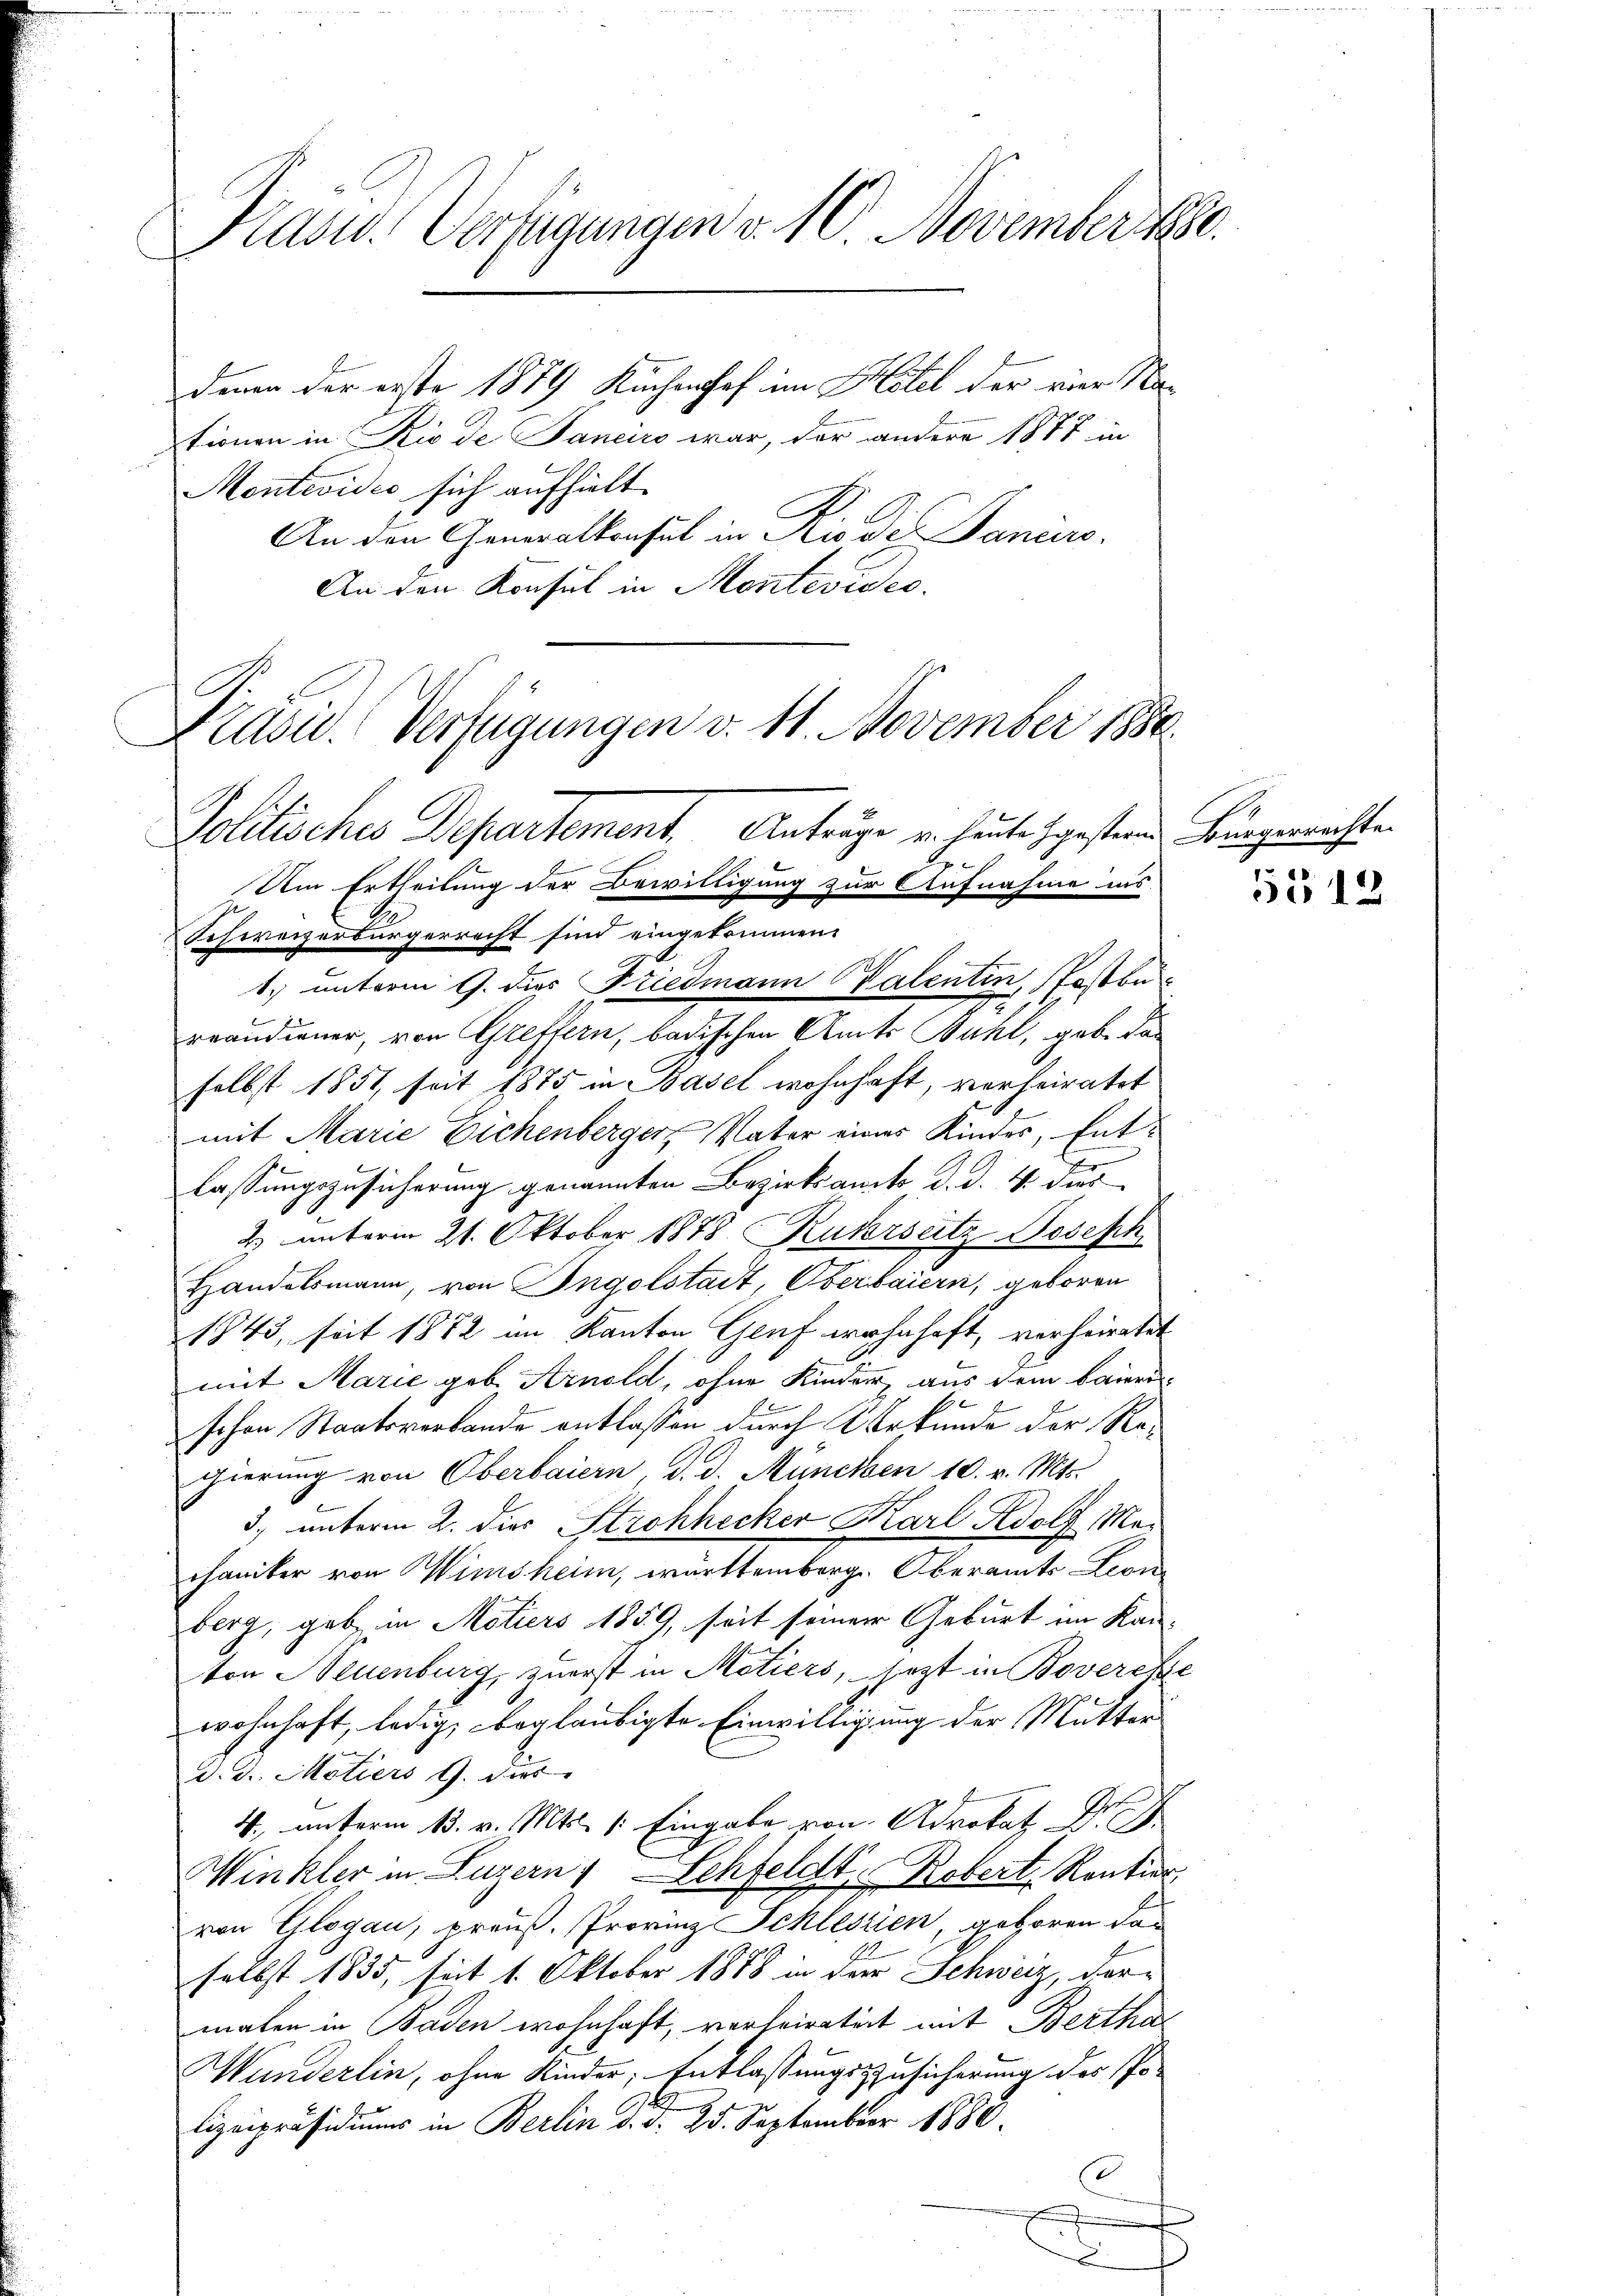
Präsid. Verfügungen v. 10. November 1890.

denen der erste 1879 Kuchenhof im Mitel der vier Nationen in Rio de Janeiro war, der andere 1877 in
Montevidie sich aufhielt.
An den Generalkonsul in Rio di Paniers.
An den Konsul in Montevides.

Präsid. Verfügungen v. 11. November 1880.
Politisches Departement. Anträge u. heute gesternde Bürgermachten
Um Ertheilung der Bewilligung zur Aufnahme ins

x

Schweizerbürgerrecht sind eingekommen.
1. unterm 9. des Friedmann Valentin, Postbe¬
.
reandiener, von Greffern, badischen Amts Bahl, geb. das
selbst 1851, seit 1875 in Basel wohnhaft, verheiratet
mit Marie Eichenberger Vater eines Kindes, Entlassungszusicherung genannten Bezirksamte d. d. 4 des
2. unterm 21. Oktober 1878 Ruhrseitz Joseph
Handelsmann, von Ingolstadt, Oberbaiern, geboren
1843, seit 1872 im Kanton Genf wohnhaft, verheiratet
mit Marie geb. Arnold, ohne Kinder, aus dem baiern
schon Staatsverbande entlassen durch Urkunde der Regierung von Oberbaiern, d. d. München 10. v. Mts.
5) unterm 2. dies Strohhecker Karl Adolf Mei
chaniker von Wimsheim, württemberg. Oberamts Leon
berg, gebe in Motiers 1859, seit seiner Geburt im Kan-
ton Neuenburg zuerst in Metiers, jezt in Bovereh
wohnhaft, ledig, beglaubigte Einwilligung der Mutter
d. d. Motiers G. dies
4. unterm 13. v. Mts. 1. Eingabe von Advokat Dr.
Winkler in Luzern, Schfeldt, Robert Rentier
von Glogau, preuß. Provinz Schlesien, geboren dan
selbst 1835, seit 1. Oktober 1888 in der Schweiz, der-
malen in Baden wohnhaft, verheirateit mit Bertha
Wunderlin, ohne Kinder; Entlassungszusicherung des so-
lizeipräsidiums in Berlin d. d. 25. September 1888.
.
.

5512